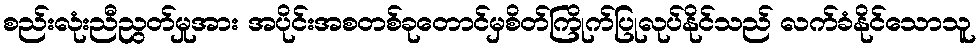
စည်းလုံးညီညွတ်မှုအား အပိုင်းအစတစ်ခုတောင်မှစိတ်ကြိုက်ပြုလုပ်နိုင်သည် လက်ခံနိုင်သောသူ